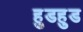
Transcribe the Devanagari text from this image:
हुडहुड